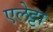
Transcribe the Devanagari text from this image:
एलेट्टा